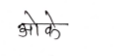
मजकूर: ओके